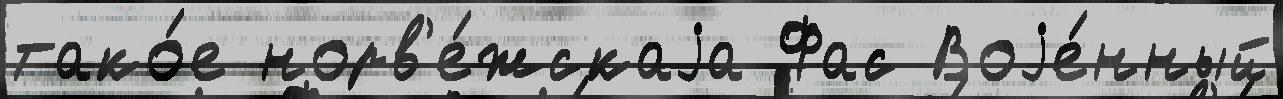
тако́е норв'е́жскаjа Фас Воjе́нный